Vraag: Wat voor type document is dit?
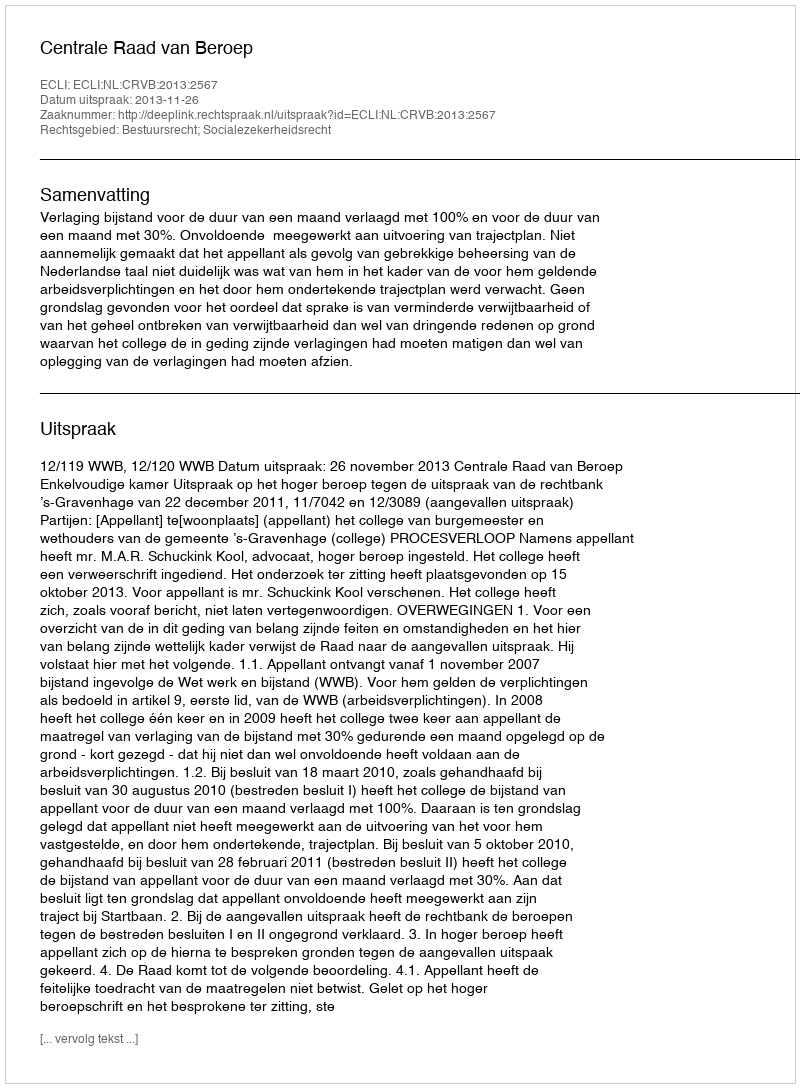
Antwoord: Uitspraak